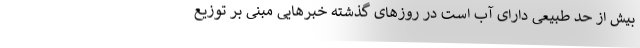
بیش از حد طبیعی دارای آب است در روزهای گذشته خبرهایی مبنی بر توزیع